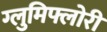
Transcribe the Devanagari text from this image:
ग्लुमिफ्लोरी